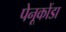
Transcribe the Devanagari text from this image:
पेनूकोंडा